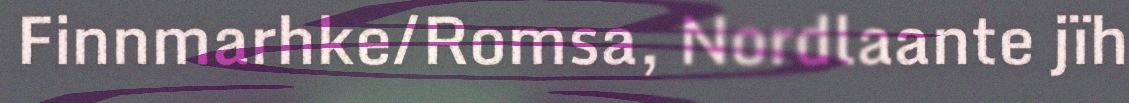
Finnmarhke/Romsa, Nordlaante jïh